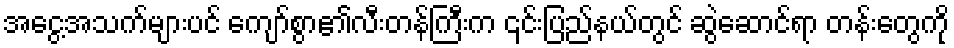
အငွေ့အသက်များပင် ကျော်စွာ၏လီးတန်ကြီးက ၎င်းပြည်နယ်တွင် ဆွဲဆောင်ရာ တန်းတွေကို